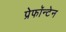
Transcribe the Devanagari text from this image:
प्रेफॉन्टेन